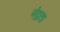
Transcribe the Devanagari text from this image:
मंद्रता